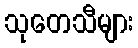
သုတေသီများ